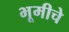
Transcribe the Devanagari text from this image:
भूमीचे